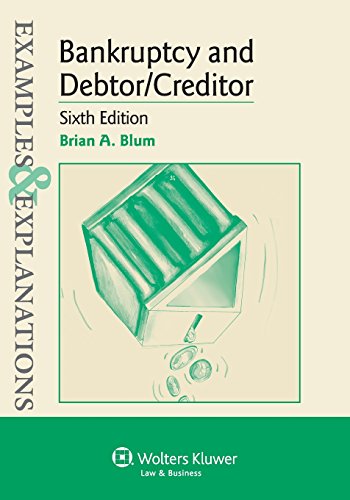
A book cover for Examples & Explanations: Bankruptcy & Debtor Creditor, Sixth Edition; Brian A. Blum; Law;